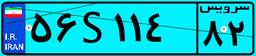
۵۶S۱۱۴۸۲